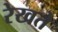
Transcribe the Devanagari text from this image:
रेखते